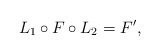
\begin{align*}L_1 \circ F \circ L_2 = F',\end{align*}